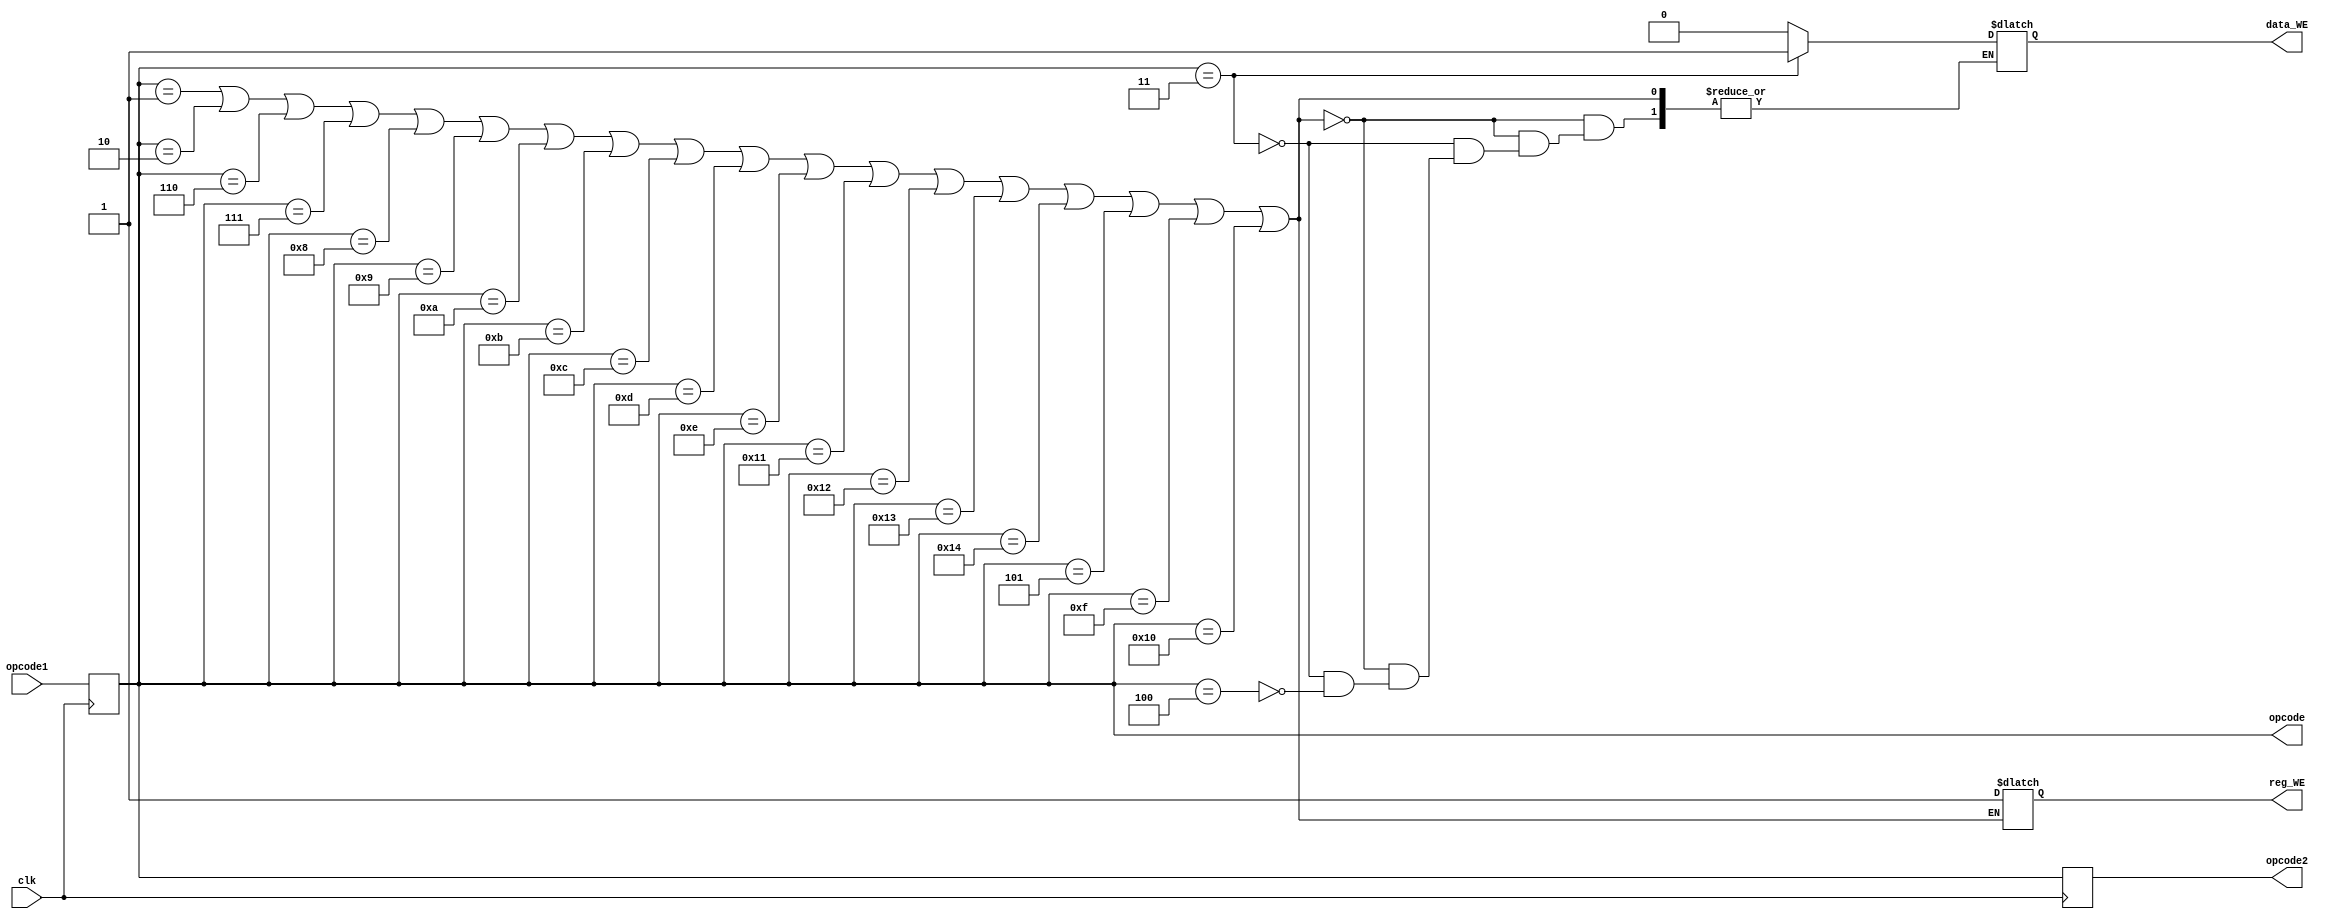
module opcode_decoder(reg_WE,data_WE,opcode1,opcode,opcode2,clk);
input clk;
output reg reg_WE,data_WE;

input [5:0] opcode1;
output reg[5:0] opcode;
output reg [5:0]opcode2;

parameter NOP = 6'b0;
parameter ADD = 6'b1;
parameter SUB = 6'b10;
parameter STORE = 6'b11;
parameter LOAD= 6'b100;
parameter MOVE = 6'b101;
parameter SGE = 6'b110;
parameter SLE = 6'b111;
parameter SGT = 6'b1000;
parameter SLT = 6'b1001;
parameter SEQ = 6'b1010;
parameter SNE = 6'b1011;
parameter AND = 6'b1100;
parameter OR = 6'b1101;
parameter XOR= 6'b1110;
parameter NOT = 6'b1111;
parameter MOVEI = 6'b10000;
parameter SLI = 6'b10001;
parameter SRI = 6'b10010;
parameter ADDI = 6'b10011;
parameter SUBI = 6'b10100;
parameter JUMP = 6'b10101;
parameter BRA = 6'b10110;
parameter ADDF = 6'b10111;
parameter MULF = 6'b 11000;



always@(posedge clk)
begin
opcode<=opcode1;
end

/*initial
begin
if( opcode == STORE || opcode == LOAD || opcode == MOVEI ||opcode == SLI || opcode == SRI || opcode == ADDI || opcode == SUBI || opcode == BRA )   
opc_sel = 1;

else
opc_sel=0;
end*/



always@(opcode)
begin

if(opcode ==  ADD || opcode == SUB || opcode == SGE || opcode == SLE || opcode == SGT ||opcode == SLT || opcode == SEQ || opcode == SNE || opcode == AND || opcode == OR
 || opcode == XOR || opcode == SLI || opcode == SRI ||  opcode == ADDI || opcode == SUBI || opcode == MOVE || opcode == NOT || opcode == MOVEI )

reg_WE = 1;

else if (opcode == STORE)  data_WE=1;
else if (opcode == LOAD)   data_WE=0;

end

always@(posedge clk)
begin
opcode2<=opcode;
end

endmodule